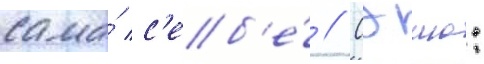
сама́ с'еб'е́ // Сэию: